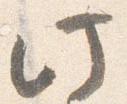
此